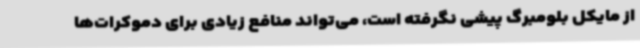
از مایکل بلومبرگ پیشی نگرفته است، می‌تواند منافع زیادی برای دموکرات‌ها